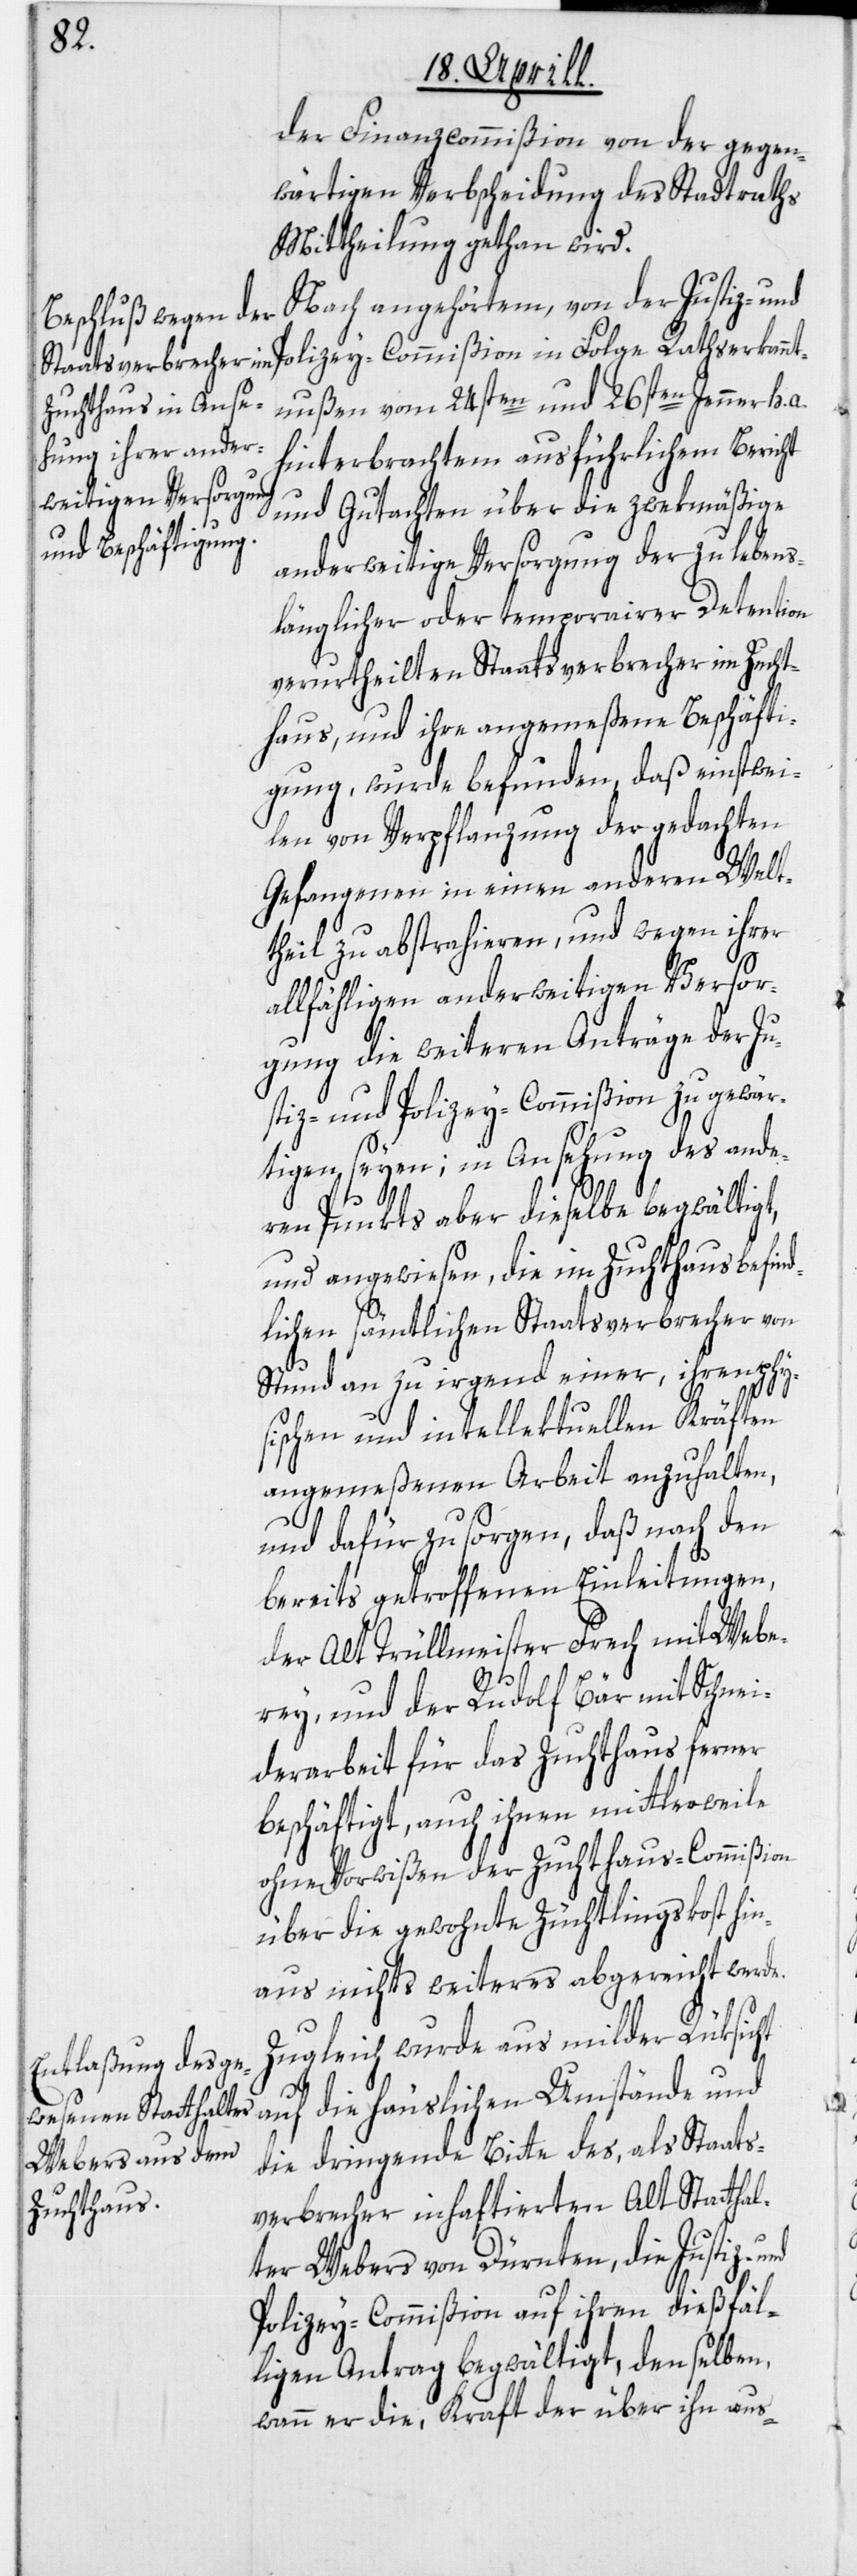
der Finanzcommißion von der gegen¬
wärtigen Verbscheidung des Stadtraths
Mittheilung gethan wird.
Nach angehörtem, von der Just¬
ntnußen vom 24sten und 26sten Jenner h. a.
hinterbrachtem ausführlichem Bericht
und Gutachten über die zwekmäßige
anderweitige Versorgung der zu lebens¬
länglicher oder temporairer Detention
verurtheilten Staatsverbrecher im Zucht¬
haus, und ihre angemeßene Beschäfti¬
gung, wurde befunden, daß einstwei¬
len von Verpflanzung der gedachten
Gefangenen in einen anderen Welt¬
theil zu abstrahieren, und wegen ihrer
allfähligen anderweitigen Versor¬
gung die weiteren Anträge der Ju¬
stiz- und Polizey-Commißion zu gewär¬
tigen seyen; in Ansehung des ande¬
ren Punkts aber dieselbe begwältigt,
und angewiesen, die im Zuchthaus befind¬
lichen sämtlichen Staatsverbrecher von
Stund an zu irgend einer, ihren phy¬
sischen und intellektuellen Kräften
angemeßenen Arbeit anzuhalten,
und dafür zu sorgen, daß nach den
bereits getroffenen Einleitungen,
der Alt Trüllmeister Frech mit Webe¬
rey, und der Rudolf Bär mit Schnei¬
derarbeit für das Zuchthaus ferner
beschäftigt, auch ihnen mittlerweile
ohne Vorwißen der Zuchthaus-Commißion
über die gewohnte Züchtlingskost hin¬
aus nichts weiteres abgereicht werde.
Zugleich wurde aus milder Rüksicht
die dringende Bitte des, als Staats¬
Rathserkan¬
verbrecher inhaftierten Alt Statthal¬
ter Webers von Dürnten, die Justiz-
Polizey-Commißion auf ihren dießfäl¬
ligen Antrag begwältigt, denselben,
wann er die, Kraft der über ihn aus-